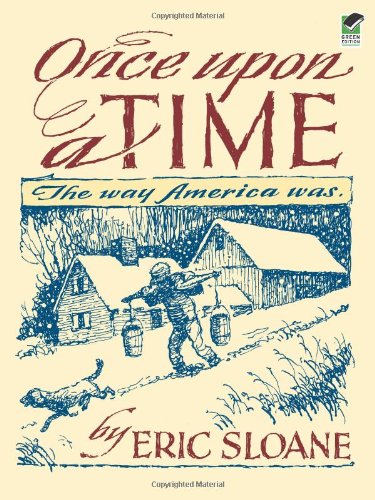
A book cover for Once Upon a Time: The Way America Was; Eric Sloane; Humor & Entertainment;